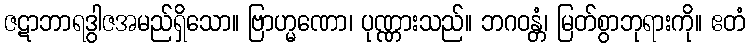
ဇဋာဘာရဒွါဇအမည်ရှိသော။ ဗြာဟ္မဏော၊ ပုဏ္ဏားသည်။ ဘဂဝန္တံ၊ မြတ်စွာဘုရားကို။ ဧတံ